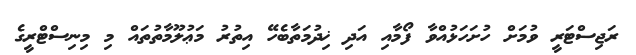
ރަޖިސްޓަރީ ވުމަށް ހުށަހަޅުއްވާ ފޯމާއި އަދި ޚިދުމަތާބެހޭ އިތުރު މަޢުލޫމާތުތައް މި މިނިސްޓްރީގެ